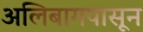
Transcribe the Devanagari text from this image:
अलिबागपासून